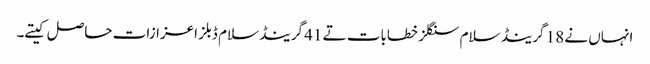
انہاں نے 18 گرینڈ سلام سنگلز خطابات تے 41 گرینڈ سلام ڈبلز اعزازات حاصل کیتے۔